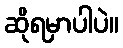
ဆိုရမှာပါပဲ။